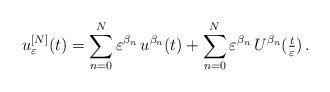
LaTeX: \begin{align*} u_\varepsilon^{[N]}(t) = \sum_{n=0}^N \varepsilon^{\beta_n}\,u^{\beta_n}(t) + \sum_{n=0}^N \varepsilon^{\beta_n}\,U^{\beta_n}(\tfrac{t}{\varepsilon})\,.\end{align*}